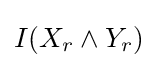
\textstyle I(X_{r}\land Y_{r})